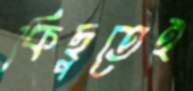
কিছুতেই